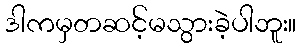
ဒါကမှတဆင့်မသွားခဲ့ပါဘူး။